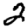
Digit: 2